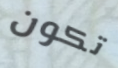
تكون